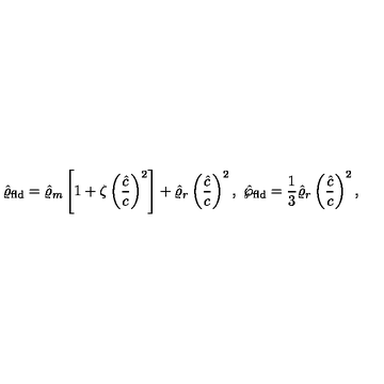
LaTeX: \hat { \varrho } _ { \mathrm { f l d } } = \hat { \varrho } _ { m } \left[ 1 + \zeta \left( { \frac { \hat { c } } { c } } \right) ^ { 2 } \right] + \hat { \varrho } _ { r } \left( { \frac { \hat { c } } { c } } \right) ^ { 2 } , \ \hat { \wp } _ { \mathrm { f l d } } = { \frac { 1 } { 3 } } \hat { \varrho } _ { r } \left( { \frac { \hat { c } } { c } } \right) ^ { 2 } ,